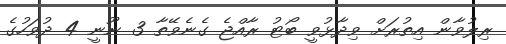
ރިލުވާން އިތުރަށް ވިދާޅުވީ ބޯޓު ރާއްޖެ ގެނެވޭތާ 3 ނޫނީ 4 ދުވަހުގެ